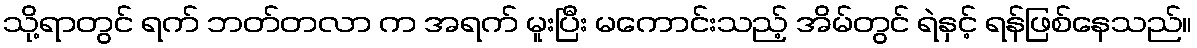
သို့ရာတွင် ရက် ဘတ်တလာ က အရက် မူးပြီး မကောင်းသည့် အိမ်တွင် ရဲနှင့် ရန်ဖြစ်နေသည်။